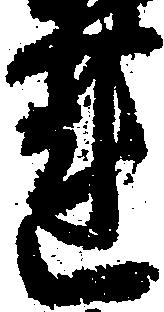
蓮